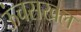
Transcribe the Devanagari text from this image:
ऊंचसखल